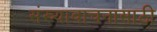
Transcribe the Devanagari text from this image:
संख्यावाचनासाठी